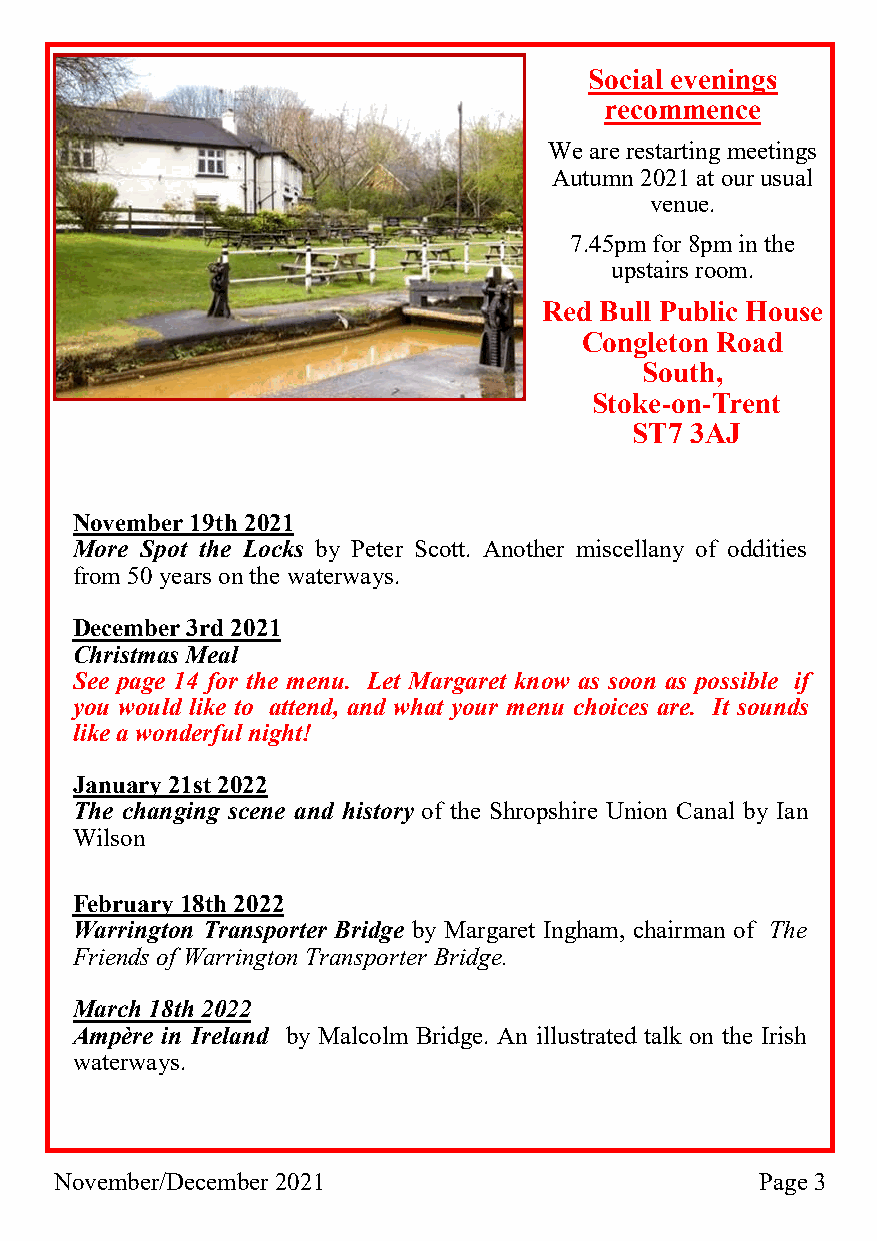
Social evenings
 recommence
 We are restarting meetings
 Autumn 2021 at our usual
 venue.
 7.45pm for 8pm in the
 upstairs room.
 Red Bull Public House
 Congleton Road
 South,
 Stoke-on-Trent
 ST7 3AJ
 November 19th 2021
 More Spot the Locks by Peter Scott. Another miscellany of oddities
 from 50 years on the waterways.
 December 3rd 2021
 Christmas Meal
 See page 14 for the menu. Let Margaret know as soon as possible if
 you would like to attend, and what your menu choices are. It sounds
 like a wonderful night!
 January 21st 2022
 The changing scene and history of the Shropshire Union Canal by Ian
 Wilson
 February 18th 2022
 Warrington Transporter Bridge by Margaret Ingham, chairman of The
 Friends of Warrington Transporter Bridge.
 March 18th 2022
 Ampère in Ireland by Malcolm Bridge. An illustrated talk on the Irish
 waterways.
 November/December 2021                        Page 3